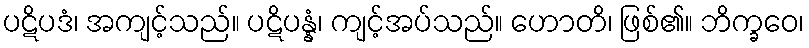
ပဋိပဒံ၊ အကျင့်သည်။ ပဋိပန္နံ၊ ကျင့်အပ်သည်။ ဟောတိ၊ ဖြစ်၏။ ဘိက္ခဝေ၊